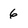
Character: 6